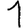
Digit: 1